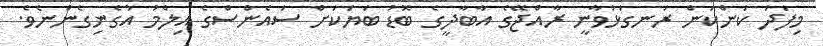
މިފަދަ ކަންކަން ރަނގަޅުވާނީ ރާއްޖޭގެ އާބާދީގެ ބޮޑު ބަޔަކަށް ސައެންސްގެ އިލްމު އުގެނިގެންނެވެ.